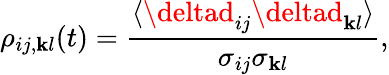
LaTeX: \rho_{ij,\mathbf{k}l}(t)=\frac{{\langle\deltad_{ij}\deltad_{\mathbf{k}l}\rangle}}{{\sigma_{ij}\sigma_{\mathbf{k}l}}},